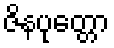
ဇိနပုတ္တော